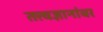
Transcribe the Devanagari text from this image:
तत्त्वज्ञानांवर